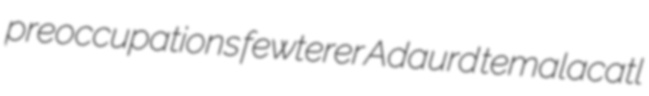
preoccupations fewterer Adaurd temalacatl